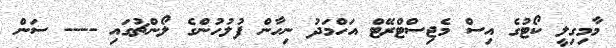
މާމިގިލީ ކޯޓުގެ އިސް މެޖިސްޓްރޭޓް އަހްމަދު ނިހާން ފުލުހުންގެ ލޯންޗުގައި ---- ސަން